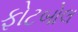
ફોટબોલ